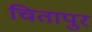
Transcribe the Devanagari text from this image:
चितापुर